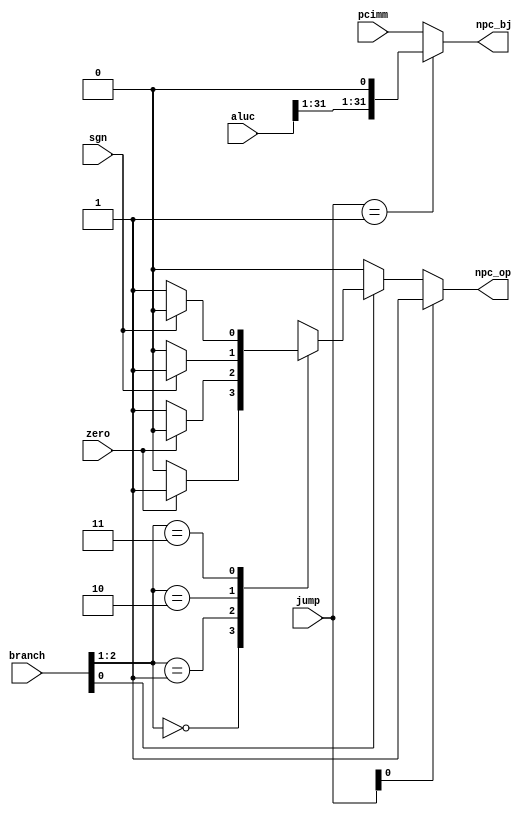

module auxControl(
    input [2:0] branch,
    input [1:0] jump,
    input zero,
    input sgn,
    input [31:0] pcimm,
    input [31:0] aluc,
    output reg npc_op,
    output reg [31:0] npc_bj
    );
    
    always @ (*) begin
        if(jump[0] == 1'b1) npc_op = 1'b1; // jal or jalr
        else if(branch[0] == 1'b1) begin
            case(branch[2:1])
                2'b00: npc_op = zero ? 1'b1 : 1'b0; // beq
                2'b01: npc_op = zero ? 1'b0 : 1'b1; // bne
                2'b10: npc_op = sgn  ? 1'b1 : 1'b0; // blt
                2'b11: npc_op = sgn  ? 1'b0 : 1'b1; // bge
            endcase
        end
        else    npc_op = 1'b0;
    end
    
    always @ (*) begin
        if(jump == 2'b01)       npc_bj = {aluc[31:1], 1'b0}; // jalr
        else if(jump == 2'b11)  npc_bj = pcimm; // jal
        else                    npc_bj = pcimm; // otherwise
    end
    
endmodule